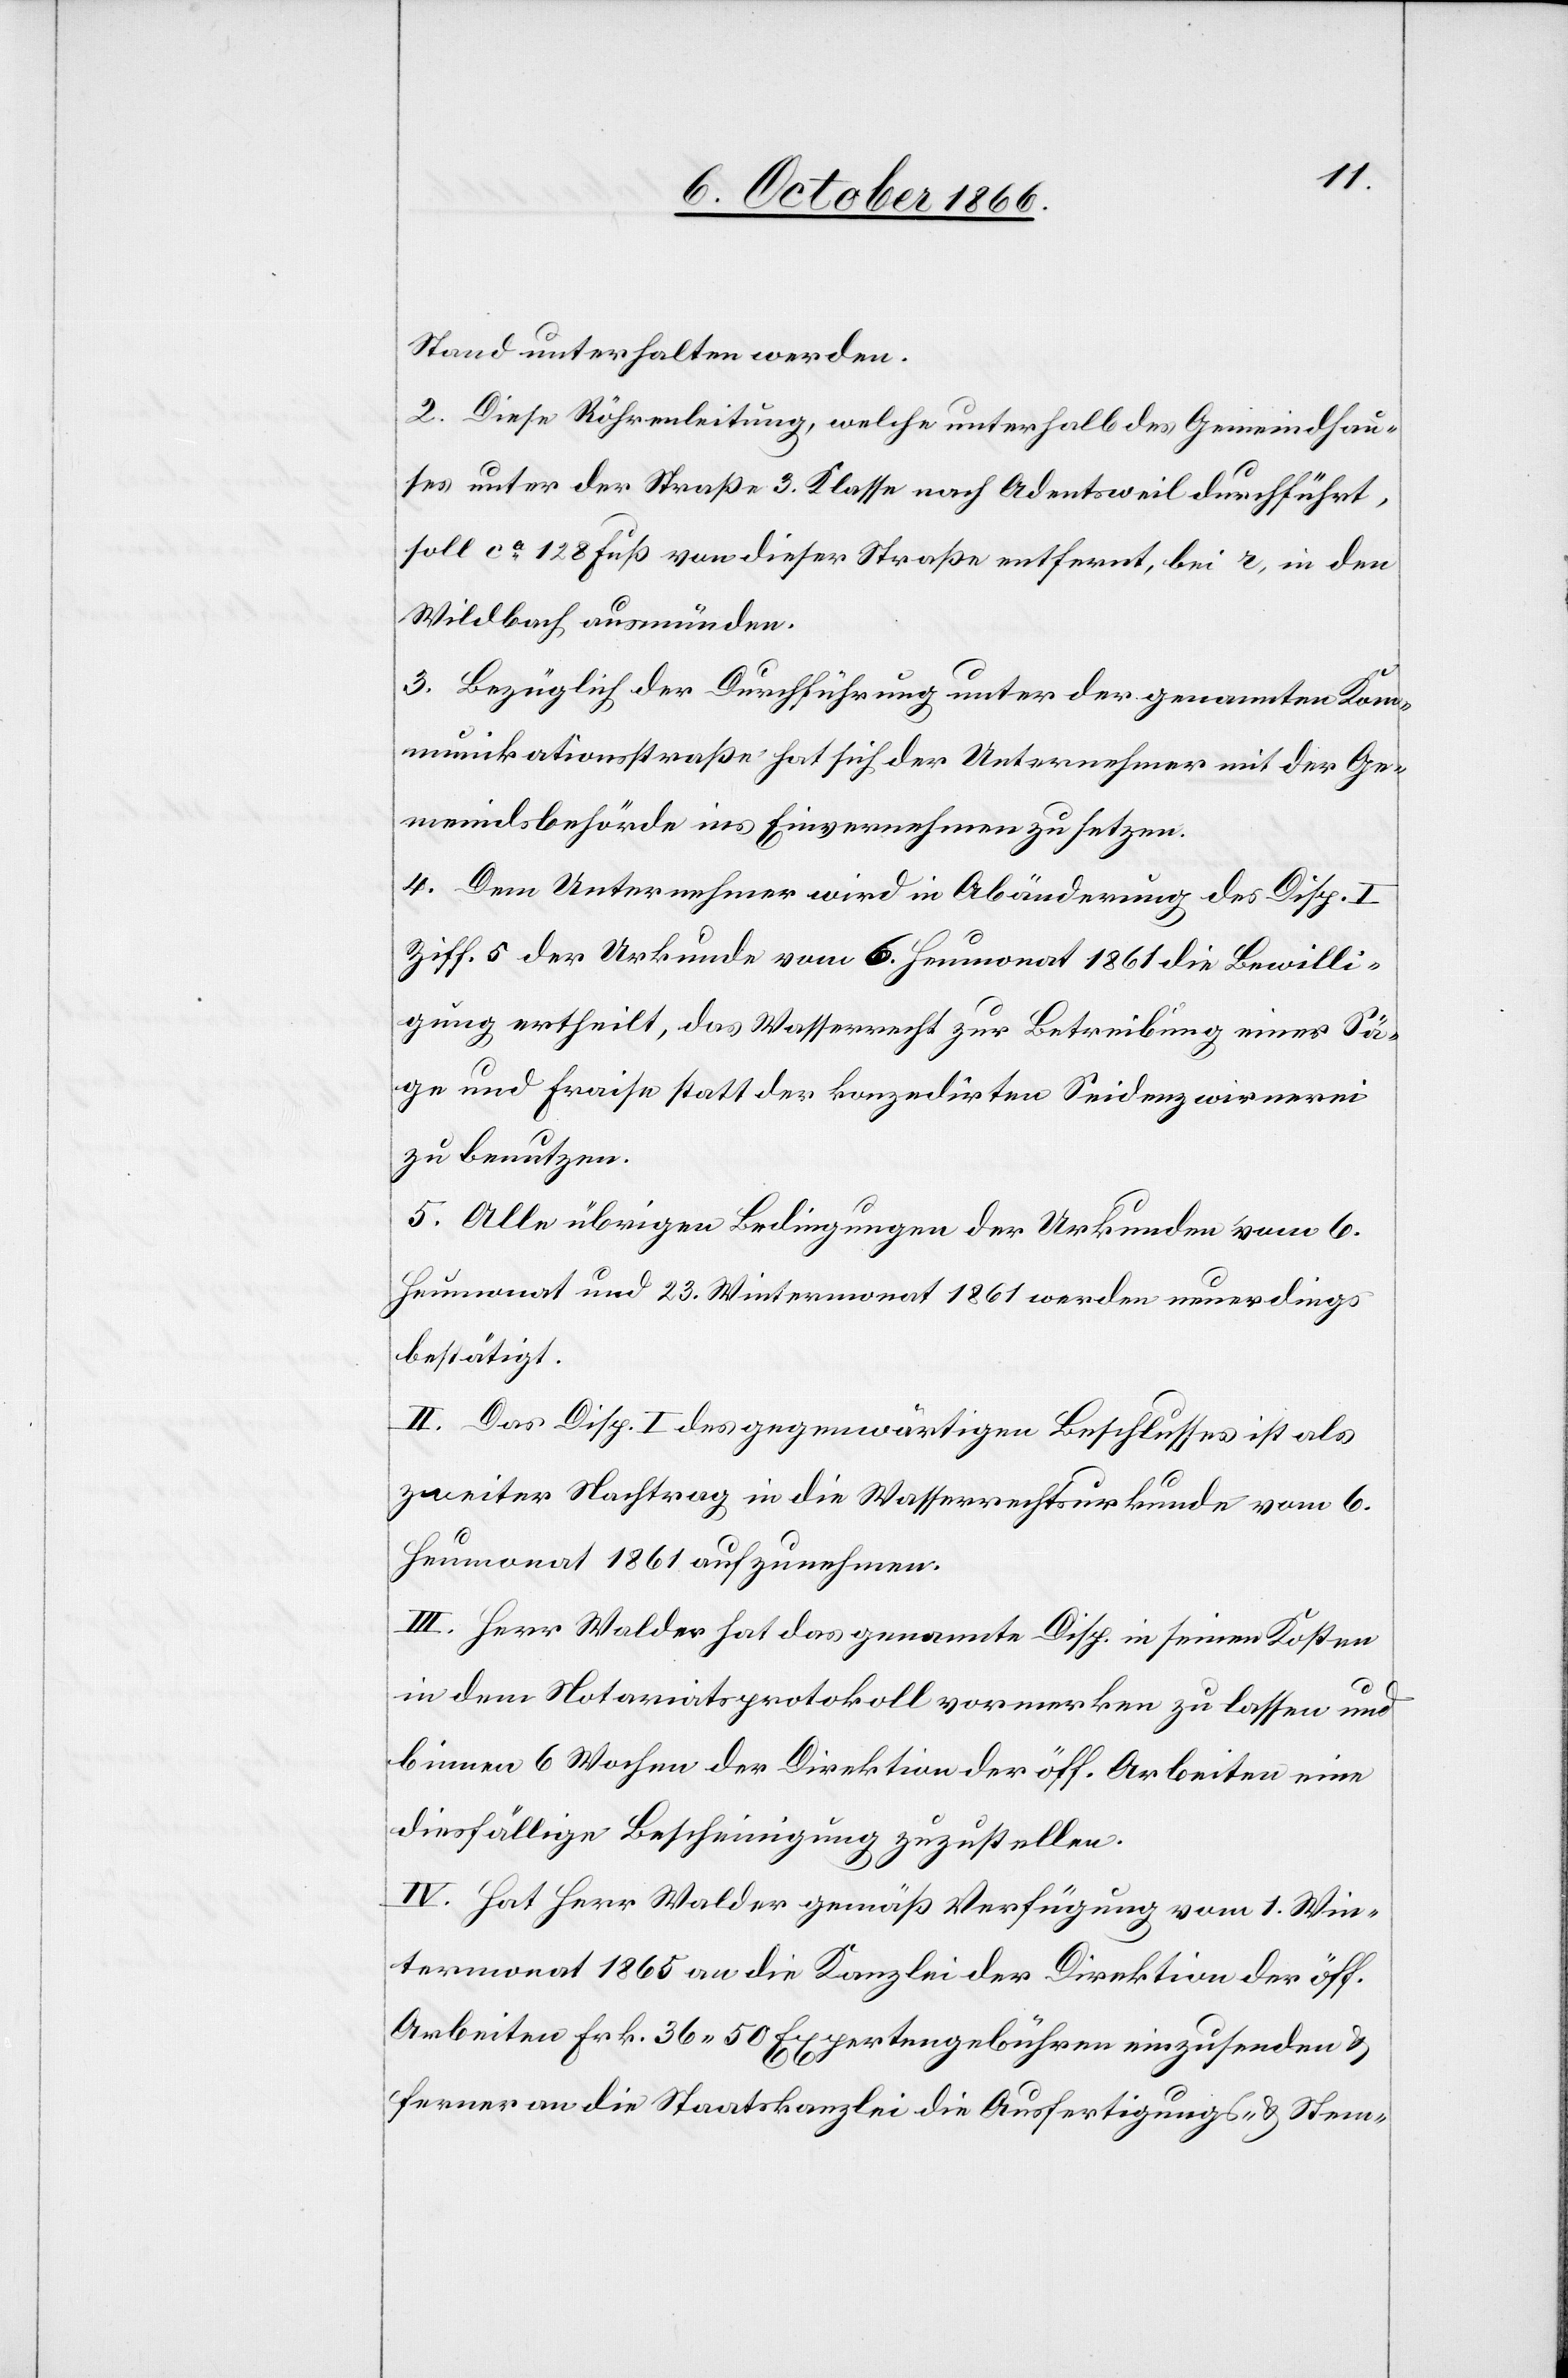
Stand unterhalten werden.
2. Diese Röhrenleitung, welche unterhalb des Gemeindhau¬
ses unter der Straße 3. Klasse nach Adentsweil durchführt,
soll ca. 128 Fuß von dieser Straße entfernt, bei r, in den
Wildbach ausmünden.
3. Bezüglich der Durchführung unter der genannten Kom¬
munikationsstraße hat sich der Unternehmer mit der Ge¬
meindsbehörde ins Einvernehmen zu setzen.
4. Dem Unternehmer wird in Abänderung des Disp. I
Ziff. 5 der Urkunde vom 6. Heumonat 1861 die Bewilli¬
gung ertheilt, das Wasserrecht zur Betreibung einer Sä¬
ge und Fraise statt der konzedirten Seidenzwirnerei
zu benutzen.
5. Alle übrigen Bedingungen der Urkunden vom 6.
Heumonat und 23. Wintermonat 1861 werden neuerdings
bestätigt.
II. Das Disp. I des gegenwärtigen Beschlusses ist als
zweiter Nachtrag in die Wasserrechtsurkunde vom 6.
Heumonat 1861 aufzunehmen.
III. Herr Walder hat das genannte Disp. in seinen Kosten
in dem Notariatsprotokoll vormerken zu lassen und
binnen 6 Wochen der Direktion der öff. Arbeiten eine
diesfällige Bescheinigung zuzustellen.
IV. Hat Herr Walder gemäß Verfügung vom 1. Win¬
termonat 1865 an die Kanzlei der Direktion der öff.
Arbeiten Frk. 36.50 Expertengebühren einzusenden &
ferner an die Staatskanzlei die Ausfertigungs- & Stem-